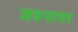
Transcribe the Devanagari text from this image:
जयनागर